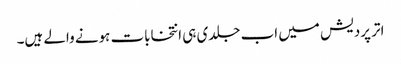
اتر پردیش میں اب جلدی ہی انتخابات ہونے والے ہیں۔